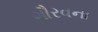
ગૌરવના